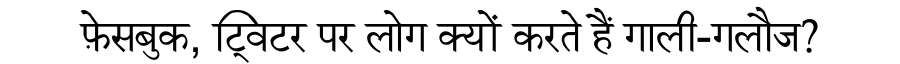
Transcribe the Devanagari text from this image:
फ़ेसबुक, ट्विटर पर लोग क्यों करते हैं गाली-गलौज?